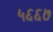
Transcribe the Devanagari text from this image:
५६६७